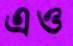
এও